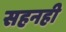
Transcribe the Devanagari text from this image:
सहनही